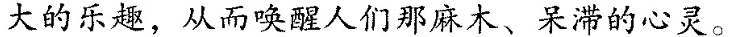
大的乐趣，从而唤醒人们那麻木、呆滞的心灵。